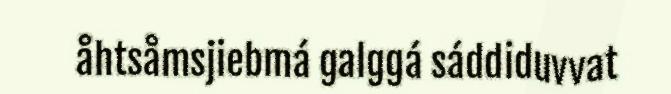
åhtsåmsjiebmá galggá sáddiduvvat